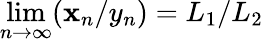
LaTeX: \lim\limits_{n\rightarrow\infty}(\mathbf{x}_{n}/y_{n})=L_{1}/L_{2}